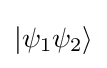
\left|\psi _{1}\psi _{2}\right\rangle